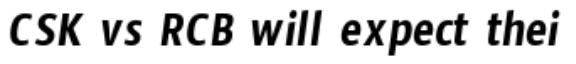
CSK vs RCB will expect thei